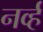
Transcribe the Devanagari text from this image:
नर्व्ह